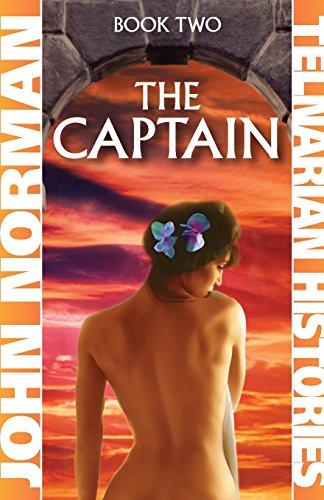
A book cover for The Captain (Telnarian Histories); John Norman; Literature & Fiction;